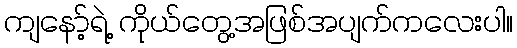
ကျနော့်ရဲ့ ကိုယ်တွေ့အဖြစ်အပျက်ကလေးပါ။